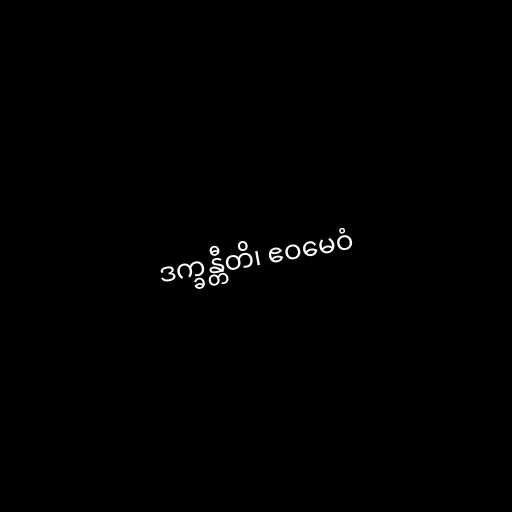
ဒက္ခန္တီတိ၊ ဧဝမေဝံ